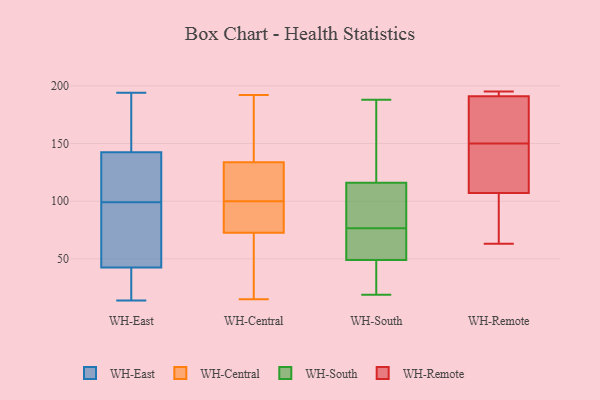
{"axis": {"x": "Latency (ms)", "y": "Value"}, "legend": ["WH-Central", "WH-East", "WH-Remote", "WH-South"], "data": [{"x": "", "y": 72, "type": "WH-East"}, {"x": "", "y": 36, "type": "WH-East"}, {"x": "", "y": 156, "type": "WH-East"}, {"x": "", "y": 136, "type": "WH-East"}, {"x": "", "y": 153, "type": "WH-East"}, {"x": "", "y": 101, "type": "WH-East"}, {"x": "", "y": 52, "type": "WH-East"}, {"x": "", "y": 21, "type": "WH-East"}, {"x": "", "y": 49, "type": "WH-East"}, {"x": "", "y": 172, "type": "WH-East"}, {"x": "", "y": 144, "type": "WH-East"}, {"x": "", "y": 194, "type": "WH-East"}, {"x": "", "y": 14, "type": "WH-East"}, {"x": "", "y": 123, "type": "WH-East"}, {"x": "", "y": 25, "type": "WH-East"}, {"x": "", "y": 135, "type": "WH-East"}, {"x": "", "y": 58, "type": "WH-East"}, {"x": "", "y": 97, "type": "WH-East"}, {"x": "", "y": 141, "type": "WH-East"}, {"x": "", "y": 17, "type": "WH-East"}, {"x": "", "y": 100, "type": "WH-Central"}, {"x": "", "y": 92, "type": "WH-Central"}, {"x": "", "y": 192, "type": "WH-Central"}, {"x": "", "y": 84, "type": "WH-Central"}, {"x": "", "y": 69, "type": "WH-Central"}, {"x": "", "y": 15, "type": "WH-Central"}, {"x": "", "y": 108, "type": "WH-Central"}, {"x": "", "y": 190, "type": "WH-Central"}, {"x": "", "y": 63, "type": "WH-Central"}, {"x": "", "y": 137, "type": "WH-Central"}, {"x": "", "y": 124, "type": "WH-Central"}, {"x": "", "y": 49, "type": "WH-South"}, {"x": "", "y": 19, "type": "WH-South"}, {"x": "", "y": 116, "type": "WH-South"}, {"x": "", "y": 70, "type": "WH-South"}, {"x": "", "y": 155, "type": "WH-South"}, {"x": "", "y": 188, "type": "WH-South"}, {"x": "", "y": 110, "type": "WH-South"}, {"x": "", "y": 49, "type": "WH-South"}, {"x": "", "y": 136, "type": "WH-South"}, {"x": "", "y": 100, "type": "WH-South"}, {"x": "", "y": 83, "type": "WH-South"}, {"x": "", "y": 64, "type": "WH-South"}, {"x": "", "y": 70, "type": "WH-South"}, {"x": "", "y": 30, "type": "WH-South"}, {"x": "", "y": 63, "type": "WH-Remote"}, {"x": "", "y": 175, "type": "WH-Remote"}, {"x": "", "y": 139, "type": "WH-Remote"}, {"x": "", "y": 142, "type": "WH-Remote"}, {"x": "", "y": 191, "type": "WH-Remote"}, {"x": "", "y": 107, "type": "WH-Remote"}, {"x": "", "y": 195, "type": "WH-Remote"}, {"x": "", "y": 64, "type": "WH-Remote"}, {"x": "", "y": 158, "type": "WH-Remote"}, {"x": "", "y": 192, "type": "WH-Remote"}]}